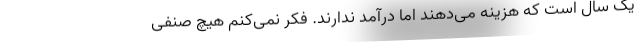
یک سال است که هزینه می‌دهند اما درآمد ندارند. فکر نمی‌کنم هیچ صنفی